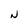
Character: N